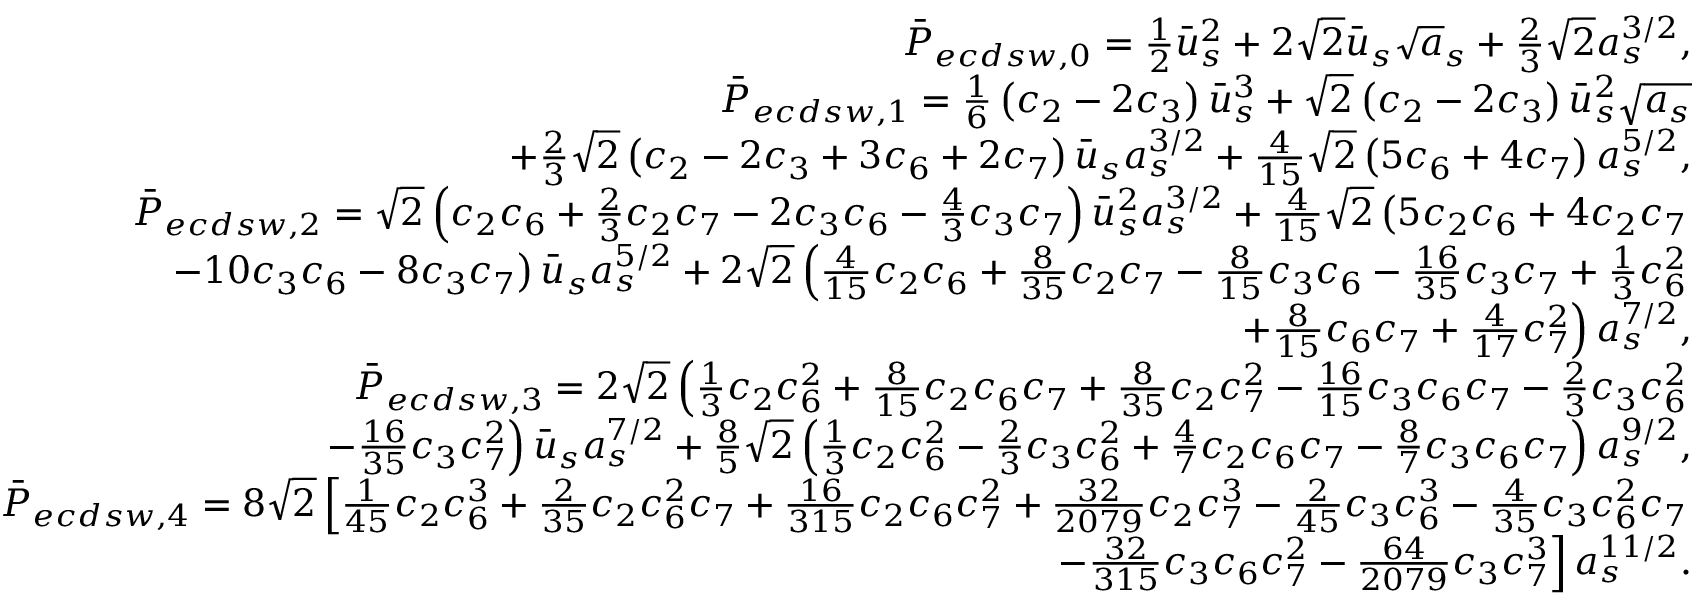
\begin{array} { r l r } & { } & { \bar { P } _ { e c d s w , 0 } = \frac { 1 } { 2 } \bar { u } _ { s } ^ { 2 } + 2 \sqrt { 2 } \bar { u } _ { s } \sqrt { a } _ { s } + \frac { 2 } { 3 } \sqrt { 2 } a _ { s } ^ { 3 / 2 } , } \\ & { } & { \bar { P } _ { e c d s w , 1 } = \frac { 1 } { 6 } \left( c _ { 2 } - 2 c _ { 3 } \right) \bar { u } _ { s } ^ { 3 } + \sqrt { 2 } \left( c _ { 2 } - 2 c _ { 3 } \right) \bar { u } _ { s } ^ { 2 } \sqrt { a _ { s } } } \\ & { } & { \mathrm + \frac { 2 } { 3 } \sqrt { 2 } \left( c _ { 2 } - 2 c _ { 3 } + 3 c _ { 6 } + 2 c _ { 7 } \right) \bar { u } _ { s } a _ { s } ^ { 3 / 2 } + \frac { 4 } { 1 5 } \sqrt { 2 } \left( 5 c _ { 6 } + 4 c _ { 7 } \right) a _ { s } ^ { 5 / 2 } , } \\ & { } & { \bar { P } _ { e c d s w , 2 } = \sqrt { 2 } \left( c _ { 2 } c _ { 6 } + \frac { 2 } { 3 } c _ { 2 } c _ { 7 } - 2 c _ { 3 } c _ { 6 } - \frac { 4 } { 3 } c _ { 3 } c _ { 7 } \right) \bar { u } _ { s } ^ { 2 } a _ { s } ^ { 3 / 2 } + \frac { 4 } { 1 5 } \sqrt { 2 } \left( 5 c _ { 2 } c _ { 6 } + 4 c _ { 2 } c _ { 7 } \right. } \\ & { } & { \left. \mathrm - 1 0 c _ { 3 } c _ { 6 } - 8 c _ { 3 } c _ { 7 } \right) \bar { u } _ { s } a _ { s } ^ { 5 / 2 } + 2 \sqrt { 2 } \left( \frac { 4 } { 1 5 } c _ { 2 } c _ { 6 } + \frac { 8 } { 3 5 } c _ { 2 } c _ { 7 } - \frac { 8 } { 1 5 } c _ { 3 } c _ { 6 } - \frac { 1 6 } { 3 5 } c _ { 3 } c _ { 7 } + \frac { 1 } { 3 } c _ { 6 } ^ { 2 } \right. } \\ & { } & { \left. \mathrm + \frac { 8 } { 1 5 } c _ { 6 } c _ { 7 } + \frac { 4 } { 1 7 } c _ { 7 } ^ { 2 } \right) a _ { s } ^ { 7 / 2 } , } \\ & { } & { \bar { P } _ { e c d s w , 3 } = 2 \sqrt { 2 } \left( \frac { 1 } { 3 } c _ { 2 } c _ { 6 } ^ { 2 } + \frac { 8 } { 1 5 } c _ { 2 } c _ { 6 } c _ { 7 } + \frac { 8 } { 3 5 } c _ { 2 } c _ { 7 } ^ { 2 } - \frac { 1 6 } { 1 5 } c _ { 3 } c _ { 6 } c _ { 7 } - \frac { 2 } { 3 } c _ { 3 } c _ { 6 } ^ { 2 } \right. } \\ & { } & { \left. \mathrm - \frac { 1 6 } { 3 5 } c _ { 3 } c _ { 7 } ^ { 2 } \right) \bar { u } _ { s } a _ { s } ^ { 7 / 2 } + \frac { 8 } { 5 } \sqrt { 2 } \left( \frac { 1 } { 3 } c _ { 2 } c _ { 6 } ^ { 2 } - \frac { 2 } { 3 } c _ { 3 } c _ { 6 } ^ { 2 } + \frac { 4 } { 7 } c _ { 2 } c _ { 6 } c _ { 7 } - \frac { 8 } { 7 } c _ { 3 } c _ { 6 } c _ { 7 } \right) a _ { s } ^ { 9 / 2 } , } \\ & { } & { \bar { P } _ { e c d s w , 4 } = 8 \sqrt { 2 } \left[ \frac { 1 } { 4 5 } c _ { 2 } c _ { 6 } ^ { 3 } + \frac { 2 } { 3 5 } c _ { 2 } c _ { 6 } ^ { 2 } c _ { 7 } + \frac { 1 6 } { 3 1 5 } c _ { 2 } c _ { 6 } c _ { 7 } ^ { 2 } + \frac { 3 2 } { 2 0 7 9 } c _ { 2 } c _ { 7 } ^ { 3 } - \frac { 2 } { 4 5 } c _ { 3 } c _ { 6 } ^ { 3 } - \frac { 4 } { 3 5 } c _ { 3 } c _ { 6 } ^ { 2 } c _ { 7 } \right. } \\ & { } & { \left. \mathrm - \frac { 3 2 } { 3 1 5 } c _ { 3 } c _ { 6 } c _ { 7 } ^ { 2 } - \frac { 6 4 } { 2 0 7 9 } c _ { 3 } c _ { 7 } ^ { 3 } \right] a _ { s } ^ { 1 1 / 2 } . } \end{array}